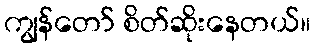
ကျွန်တော် စိတ်ဆိုးနေတယ်။